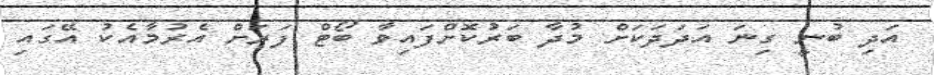
އަދި ބުނީ ގިނަ އަދަދަކަށް މުދާ ބަރުކޮށްފައިވާ ބޯޓް ފަރަށް އެރުމާއެކު އޭގައި